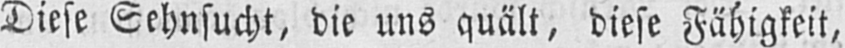
Diese Sehnsucht, die uns quält, diese Fähigkeit,